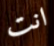
انت